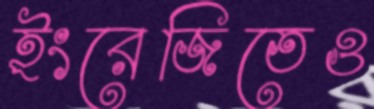
ইংরেজিতেও